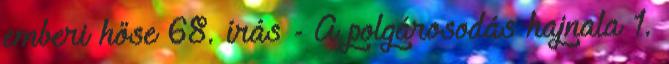
emberi hőse 68. írás - A polgárosodás hajnala 1.